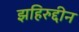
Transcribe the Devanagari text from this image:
झहिरुद्दीन